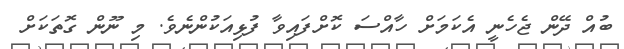
ބުއް ދޭން ޖެހެނީ އެކަމަށް ހާއްސަ ކޮށްފައިވާ ފުޅިއަކުންނެވެ. މި ނޫން ގޮތަކަށް